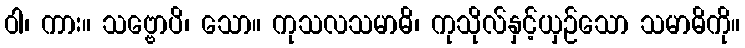
ဝါ၊ ကား။ သဗ္ဗောပိ၊ သော။ ကုသလသမာဓိ၊ ကုသိုလ်နှင့်ယှဉ်သော သမာဓိကို။